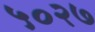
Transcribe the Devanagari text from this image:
५०२७